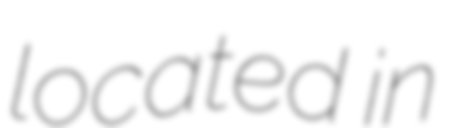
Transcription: located in